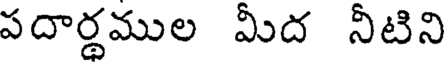
పదార్థముల మీద నీటిని